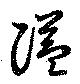
隘